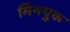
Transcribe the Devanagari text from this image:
मिनयुक